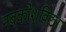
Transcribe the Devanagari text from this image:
नबकोशविद्या